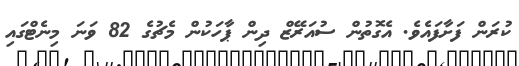
ކުރަން ފަށާފައެވެ. އެގޮތުން ސުއަރޭޒް ދިން ޕާހަކުން މެޗުގެ 82 ވަނަ މިނެޓްގައި